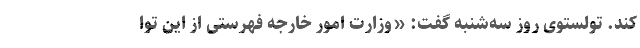
کند. تولستوی روز سه‌شنبه گفت: «وزارت امور خارجه فهرستی از این توا